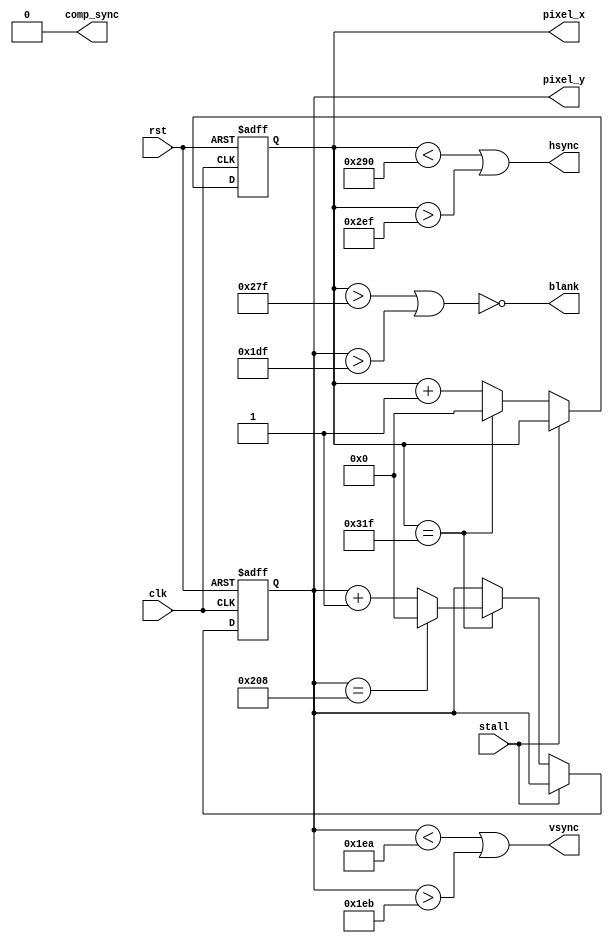
`timescale 1ns / 1ps
module vga_logic(clk, rst, stall, blank, comp_sync, hsync, vsync, pixel_x, pixel_y);
input clk;
input rst;
input stall;
output blank;
output comp_sync;
output hsync;
output vsync;
output [9:0] pixel_x;
output [9:0] pixel_y;
 
reg [9:0] pixel_x;
reg [9:0] pixel_y;

// pixel_count logic
wire [9:0] next_pixel_x;
wire [9:0] next_pixel_y;
assign next_pixel_x = (pixel_x == 10'd799) ? 0 : pixel_x+1;
assign next_pixel_y = (pixel_x == 10'd799) ? 
 								((pixel_y == 10'd520) ? 0 : pixel_y+1)
									: pixel_y;
 
always@(posedge clk, posedge rst) begin
	if(rst) begin
		pixel_x <= 10'h0;
		pixel_y <= 10'h0;
	// Need to stall if there is no pixel available yet
	end else if(stall) begin
		pixel_x <= pixel_x;
		pixel_y <= pixel_y;
	end else begin
		pixel_x <= next_pixel_x;
		pixel_y <= next_pixel_y;
	end
end
	
assign hsync = (pixel_x < 10'd656) || (pixel_x > 10'd751); // 96 cycle pulse
assign vsync = (pixel_y < 10'd490) || (pixel_y > 10'd491); // 2 cycle pulse
assign blank = ~((pixel_x > 10'd639) | (pixel_y > 10'd479));
assign comp_sync = 1'b0; // don't know, dont use
	 
endmodule